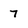
Character: 7